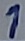
Text: 1